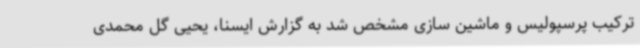
ترکیب پرسپولیس و ماشین سازی مشخص شد به گزارش ایسنا، یحیی گل محمدی